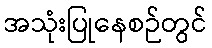
အသုံးပြုနေစဉ်တွင်